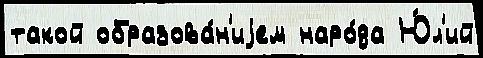
такой образова́н'иjем наро́да Ю́л'ий